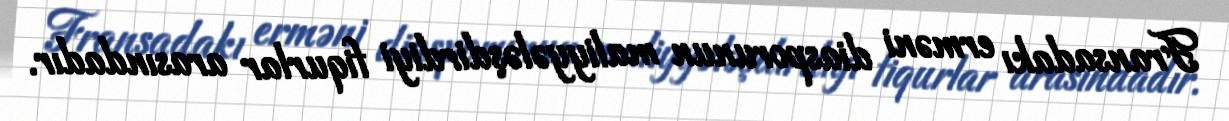
Fransadakı erməni diasporunun maliyyələşdirdiyi fiqurlar arasındadır.